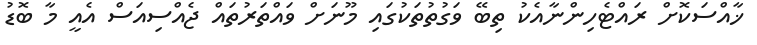
ޚާއްސަކޮށް ރައްޓެހިންނާއެކު ތިބޭ ވަގުތުތަކުގައި މޫނަށް ވައްތަރުތައް ޖެއްސިއަސް އެއީ މާ ބޮޑު